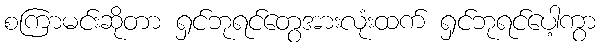
စကြာမင်းဆိုတာ ရှင်ဘုရင်တွေအားလုံးထက် ရှင်ဘုရင်ပေါ့ကွာ